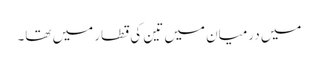
میں درمیان میں تین کی قطار میں تھا۔